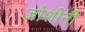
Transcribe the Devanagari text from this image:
जोशीनी